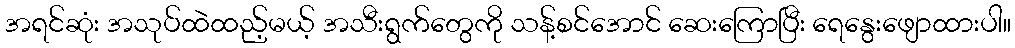
အရင်ဆုံး အသုပ်ထဲထည့်မယ့် အသီးရွက်တွေကို သန့်စင်အောင် ဆေးကြောပြီး ရေနွေးဖျောထားပါ။